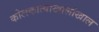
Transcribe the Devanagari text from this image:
कोलकात्याखालोखाल